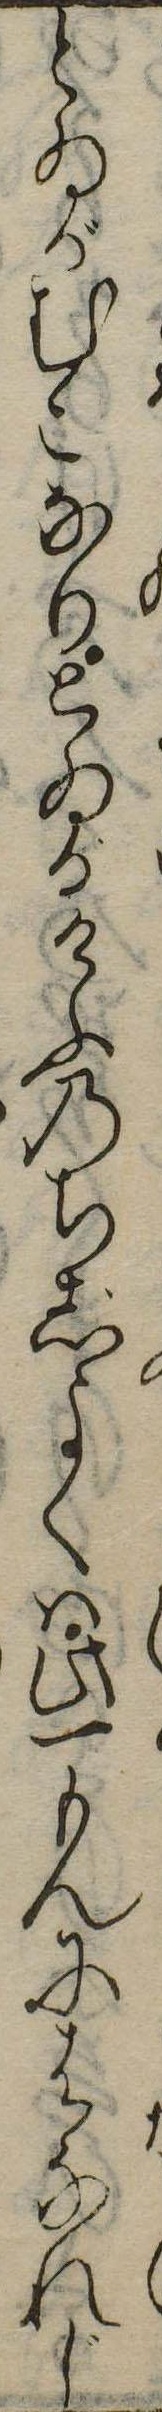
とゐがむこなりとゐがけふのちじよくは此一もんにはなれじ